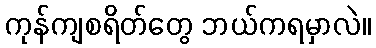
ကုန်ကျစရိတ်တွေ ဘယ်ကရမှာလဲ။